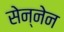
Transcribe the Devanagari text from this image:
सेन्नेन